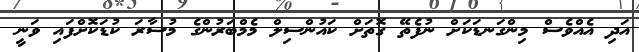
އަދި އެެއްވެސް މިންގަނޑަކަށް ނުފެތޭ ގޮތަށް ކައުންސިލް މެމްބަރުންގެ މުސާރަ ކުޑަކޮށްފައި ވަނީ